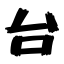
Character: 台